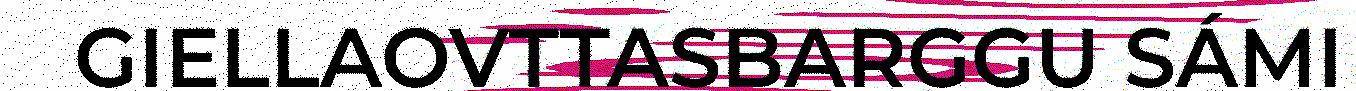
GIELLAOVTTASBARGGU SÁMI